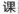
课